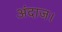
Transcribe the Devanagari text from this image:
अंदाज।